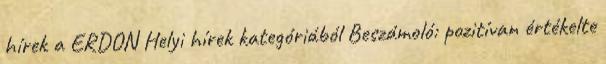
hírek a ERDON Helyi hírek kategóriából Beszámoló: pozitívan értékelte